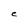
Character: C